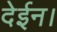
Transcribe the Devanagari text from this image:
देईन।